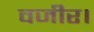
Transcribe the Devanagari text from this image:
वजीर।